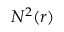
N ^ { 2 } ( r )